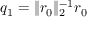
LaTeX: q _ { 1 } = \| r _ { 0 } \| _ { 2 } ^ { - 1 } r _ { 0 }